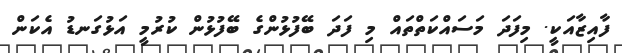
ފާއިޒާއަކީ. މިފަދަ މަސައްކަތްތައް މި ފަދަ ބޭފުޅުންގެ ބޭފުޅުން ކުރުމީ އަޅުގަނޑު އެކަން